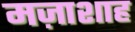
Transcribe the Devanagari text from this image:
मज़ाशाह